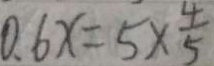
0 . 6 x = 5 \times \frac { 4 } { 5 }